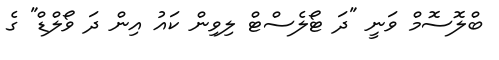
ބްލޮސޮމް ވަނީ "ދަ ޓޯލެސްޓް ލިވިން ކައު އިން ދަ ވޯލްޑް" ގެ